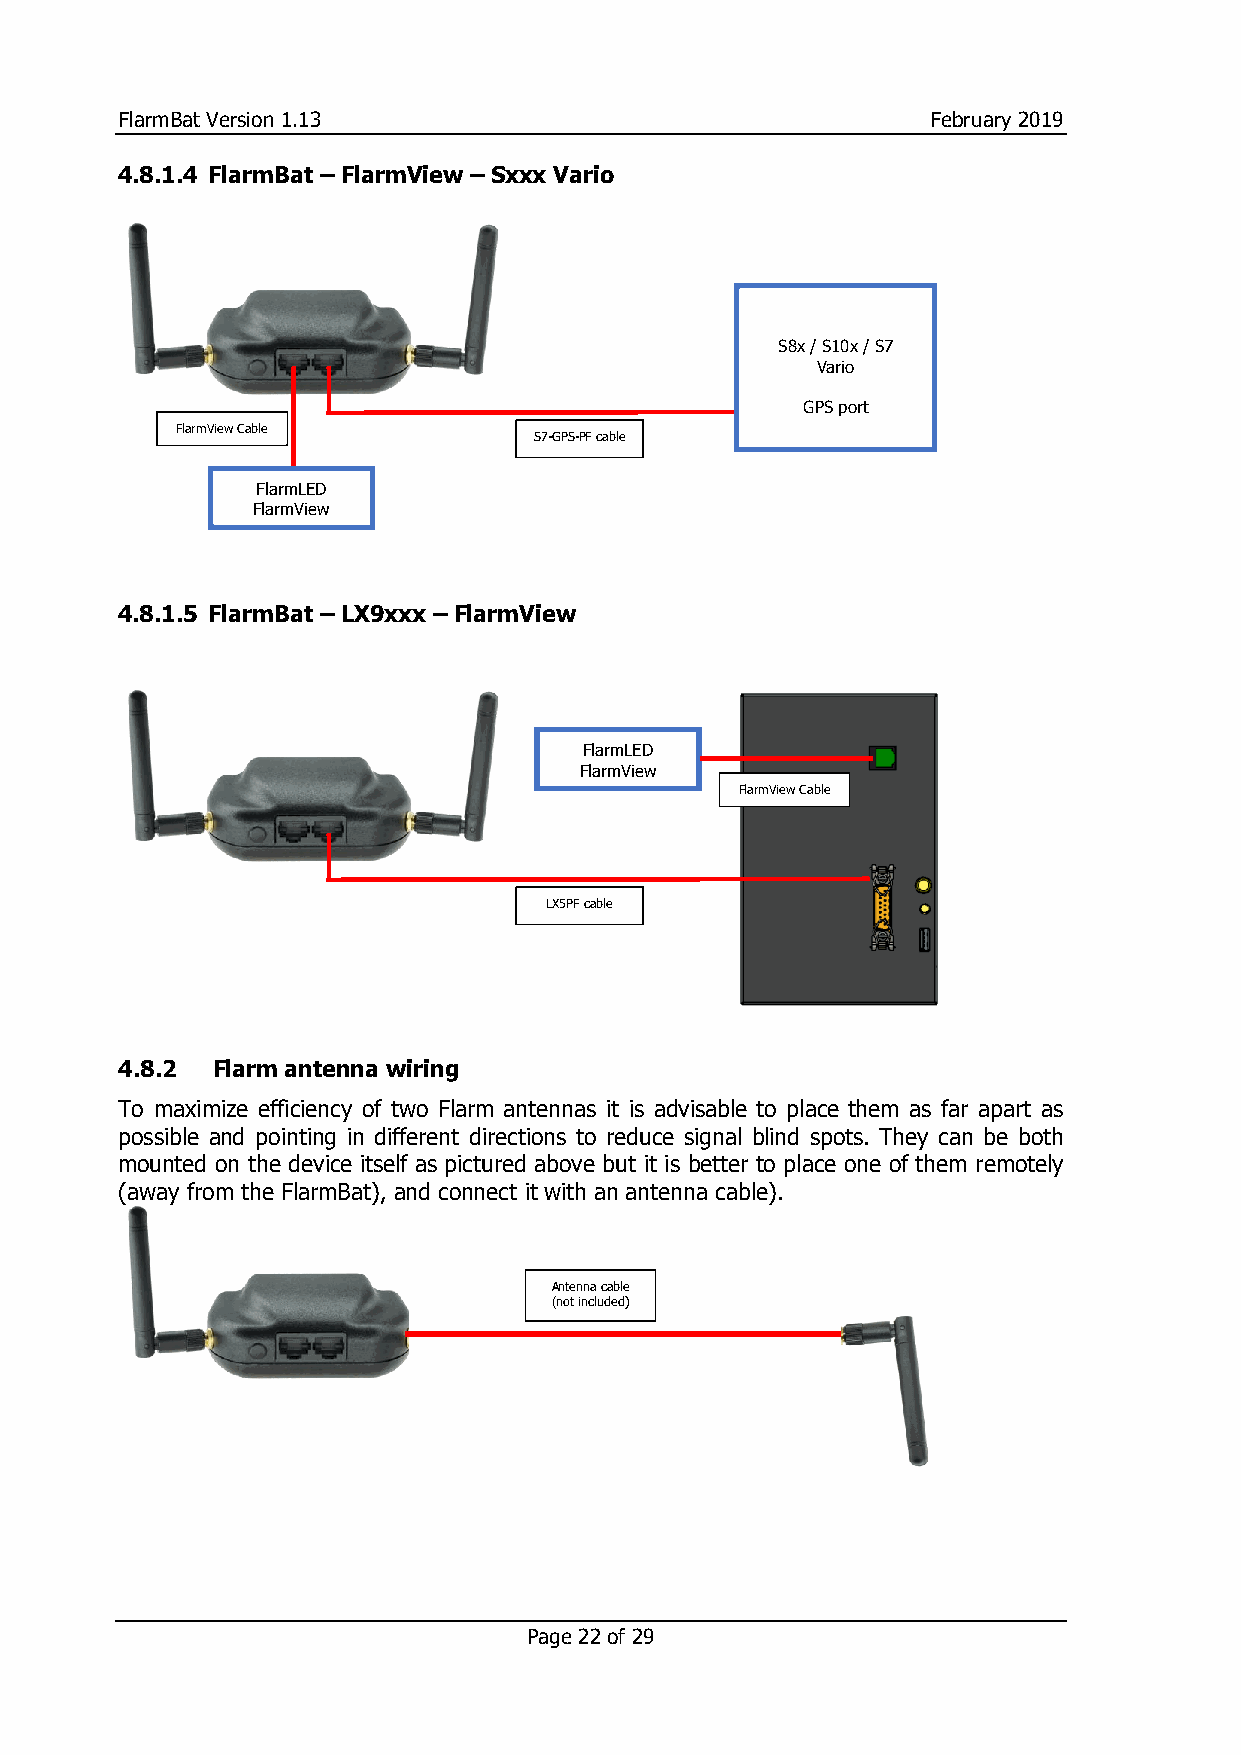
FlarmBat Version 1.13                                 February 2019
 4.8.1.4 FlarmBat – FlarmView – Sxxx Vario
 S8x / S10x / S7
 Vario
 GPS port
 FlarmView Cable
 S7-GPS-PF cable
 FlarmLED
 FlarmView
 4.8.1.5 FlarmBat – LX9xxx – FlarmView
 FlarmLED
 FlarmView
 FlarmView Cable
 LX5PF cable
 4.8.2 Flarm antenna wiring
 To maximize efficiency of two Flarm antennas it is advisable to place them as far apart as
 possible and pointing in different directions to reduce signal blind spots. They can be both
 mounted on the device itself as pictured above but it is better to place one of them remotely
 (away from the FlarmBat), and connect it with an antenna cable).
 Antenna cable
 (not included)
 Page 22 of 29